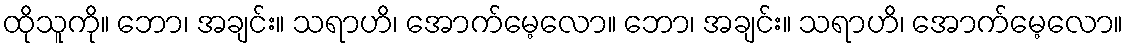
ထိုသူကို။ ဘော၊ အချင်း။ သရာဟိ၊ အောက်မေ့လော။ ဘော၊ အချင်း။ သရာဟိ၊ အောက်မေ့လော။